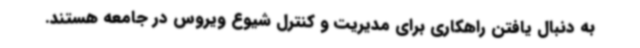
به دنبال یافتن راهکاری برای مدیریت و کنترل شیوع ویروس در جامعه هستند.